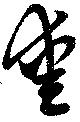
愛